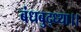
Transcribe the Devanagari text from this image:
बंधबुद्ध्या।।